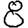
Digit: 8